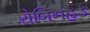
રોબિનહૂડ